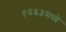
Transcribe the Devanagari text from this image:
१६६३मध्ये